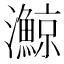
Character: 𪸉